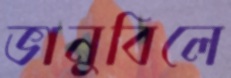
ভানুবিলে